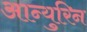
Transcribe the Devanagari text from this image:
आन्युरिन